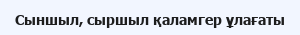
Сыншыл, сыршыл қаламгер ұлағаты